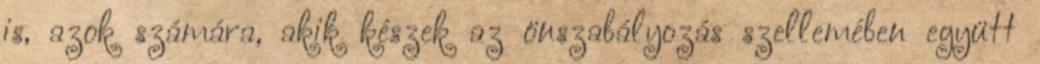
is, azok számára, akik készek az önszabályozás szellemében együtt